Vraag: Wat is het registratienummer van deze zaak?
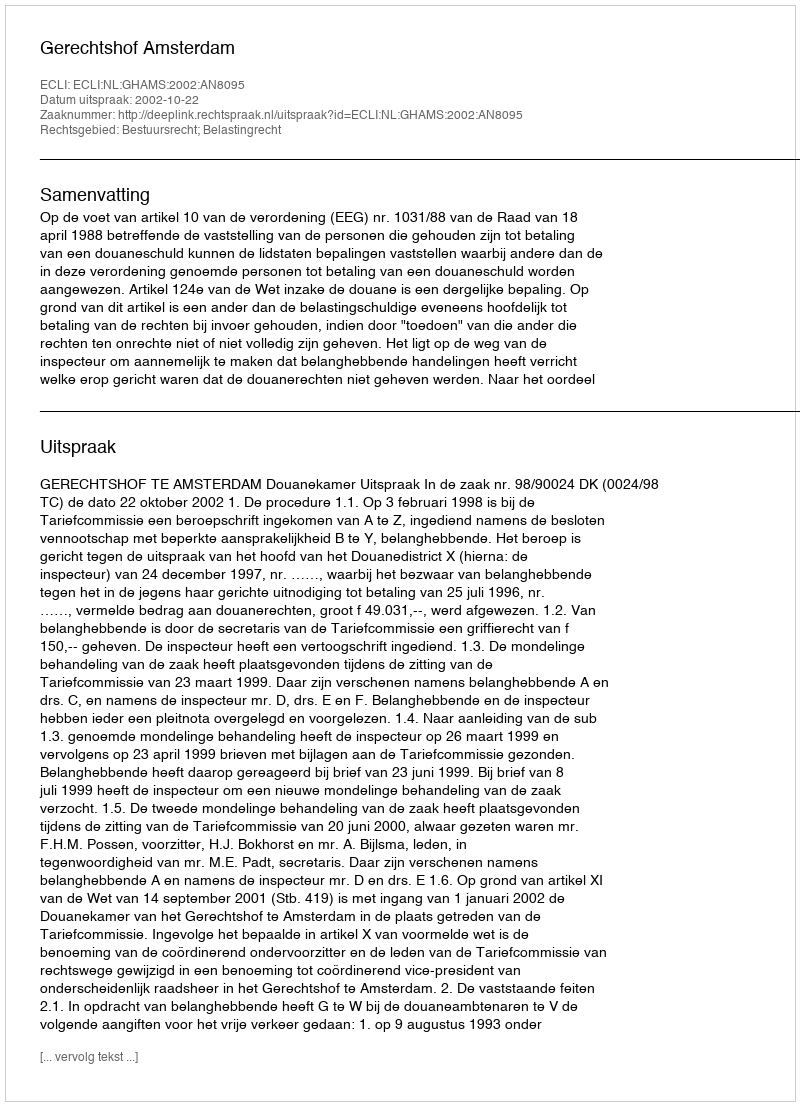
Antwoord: http://deeplink.rechtspraak.nl/uitspraak?id=ECLI:NL:GHAMS:2002:AN8095